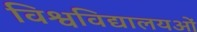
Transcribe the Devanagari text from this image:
विश्वविद्यालयओं